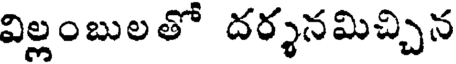
విల్లంబులతో దర్శనమిచ్చిన